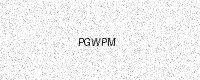
Text: PGWPM